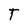
Character: T